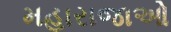
મહારાજાઓ